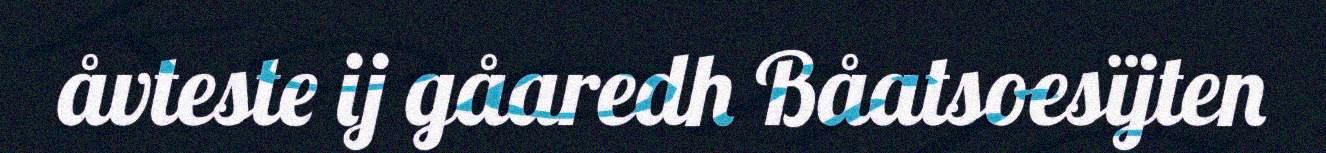
åvteste ij gåaredh Båatsoesïjten